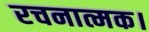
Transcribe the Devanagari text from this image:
रचनात्मक।